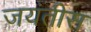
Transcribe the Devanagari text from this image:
जयंतीस